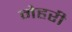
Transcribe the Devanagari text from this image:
मेहरी